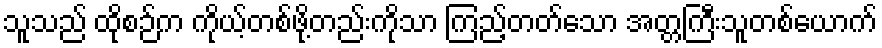
သူသည် ထိုစဉ်က ကိုယ့်တစ်ဖို့တည်းကိုသာ ကြည့်တတ်သော အတ္တကြီးသူတစ်ယောက်